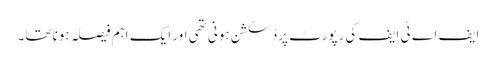
ایف اے ٹی ایف کی رپورٹ پر ڈسکشن ہونی تھی اور ایک اہم فیصلہ ہونا تھا۔